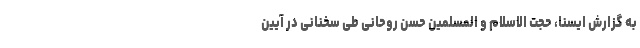
به گزارش ایسنا، حجت الاسلام و المسلمین حسن روحانی طی سخنانی در آیین